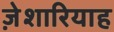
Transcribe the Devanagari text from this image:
ज़ेशारियाह